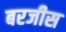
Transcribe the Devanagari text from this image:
बरजीस